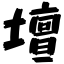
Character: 壇